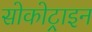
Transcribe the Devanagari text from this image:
सोकोट्राइन